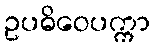
ဥပဓိဝေပက္ကာ